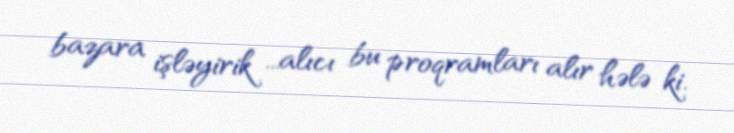
bazara işləyirik ...alıcı bu proqramları alır hələ ki.